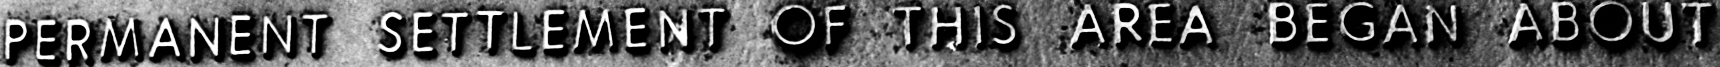
PERMANENT SETTLEMENT OF THIS AREA BEGAN ABOUT